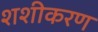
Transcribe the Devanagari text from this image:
शशीकरण